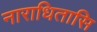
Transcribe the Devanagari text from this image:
नाराधितासि